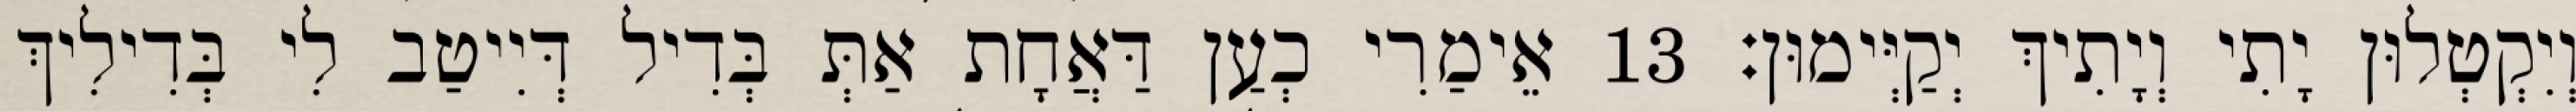
וְיִקְטְלוּן יָתִי וְיָתִיךְ יְקַיְּימוּן׃ 13 אֵימַרִי כְעַן דַּאֲחָת אַתְּ בְּדִיל דְּיִיטַב לִי בְּדִילִיךְ